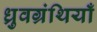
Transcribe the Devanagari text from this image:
ध्रुवग्रंथियाँ